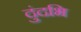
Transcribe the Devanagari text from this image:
दुंदभि